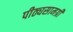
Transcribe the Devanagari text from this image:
पीठ्यसामग्री